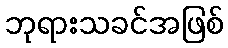
ဘုရားသခင်အဖြစ်